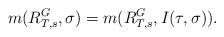
LaTeX: \begin{align*}m(R^G_{T, s}, \sigma) = m(R^G_{T, s}, I(\tau, \sigma)). \end{align*}